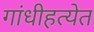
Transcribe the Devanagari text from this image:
गांधीहत्येत